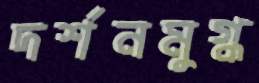
দর্শনমুগ্ধ